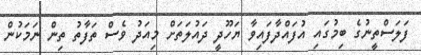
ފަލަސްތީނުގެ ބިމުގައި އުފައްދާފައިވާ ޔަހޫދީ ދައުލަތަށް މިއަދު ވެސް ތަފާތު ތިން ނަމަކުން